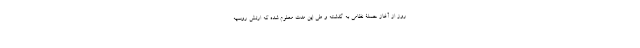
روز از آغاز حملۀ نظامی به گذشته و طی این مدت معلوم شده که ارتش روسیه